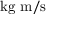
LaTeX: { \mathrm { k g ~ m } } / { \mathrm { s } }